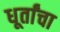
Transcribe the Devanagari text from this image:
धूर्तांचा